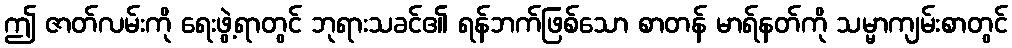
ဤ ဇာတ်လမ်းကို ရေးဖွဲ့ရာတွင် ဘုရားသခင်၏ ရန်ဘက်ဖြစ်သော စာတန် မာရ်နတ်ကို သမ္မာကျမ်းစာတွင်